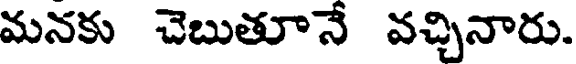
మనకు చెబుతూనే వచ్చినారు.